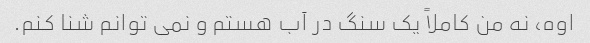
اوه، نه من کاملاً یک سنگ در آب هستم و نمی توانم شنا کنم.